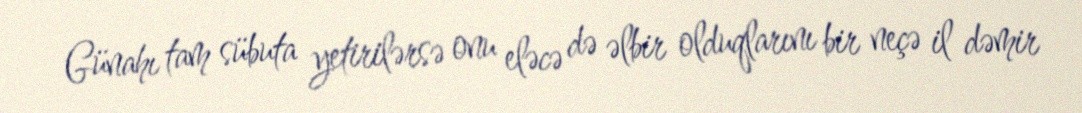
Günahı tam sübuta yetirilərsə onu eləcə də əlbir olduqlarını bir neçə il dəmir